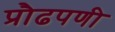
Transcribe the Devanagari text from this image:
प्रौढपणी